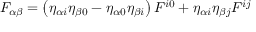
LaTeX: F _ { \alpha \beta } = \left( \eta _ { \alpha i } \eta _ { \beta 0 } - \eta _ { \alpha 0 } \eta _ { \beta i } \right) F ^ { i 0 } + \eta _ { \alpha i } \eta _ { \beta j } F ^ { i j }